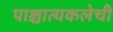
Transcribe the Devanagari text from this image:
पाश्चात्यकलेची